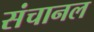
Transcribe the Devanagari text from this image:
संचानल